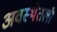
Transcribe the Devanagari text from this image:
अवस्थेतली